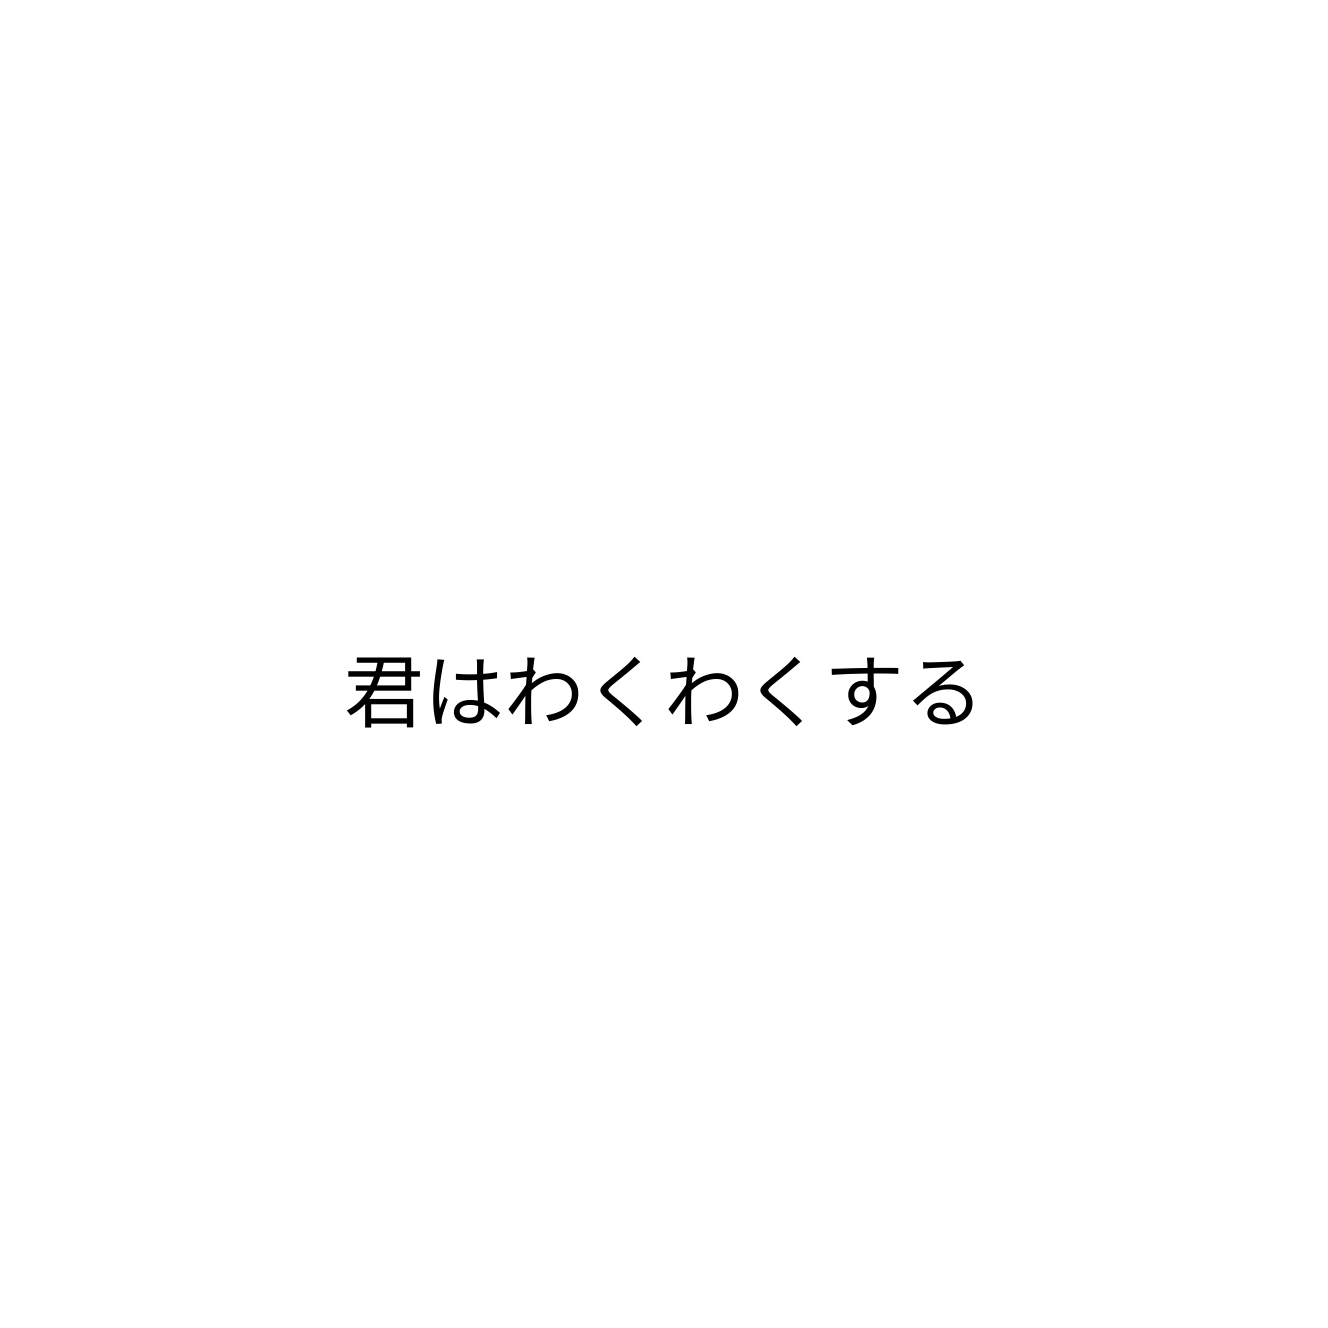
君はわくわくする